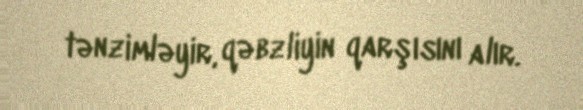
tənzimləyir, qəbzliyin qarşısını alır.